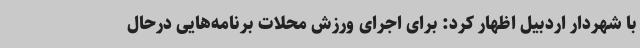
با شهردار اردبیل اظهار کرد: برای اجرای ورزش محلات برنامه‌هایی درحال